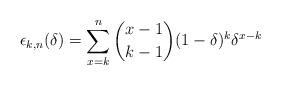
LaTeX: \begin{align*}\epsilon_{k,n}(\delta) = \sum_{x=k}^{n} {{x-1}\choose{k-1}} (1-\delta)^k \delta^{x-k}\end{align*}